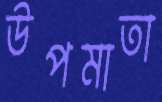
উপমাতা